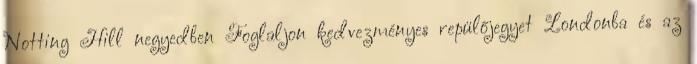
Notting Hill negyedben Foglaljon kedvezményes repülőjegyet Londonba és az